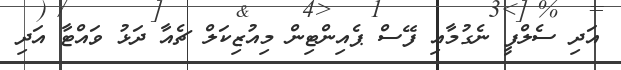
އަދި ސެލްފީ ނެގުމާއި ފޭސް ޕެއިންޓިން މިއުޒިކަލް ޗެއާ ދަޅު ވައްޓާ އަދި